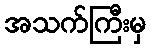
အသက်ကြီးမှ